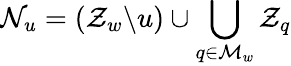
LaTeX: \mathcal{N}_{u}=(\mathcal{Z}_{w}\backslash u)\cup\bigcup_{q\in\mathcal{M}_{w}}\mathcal{Z}_{q}